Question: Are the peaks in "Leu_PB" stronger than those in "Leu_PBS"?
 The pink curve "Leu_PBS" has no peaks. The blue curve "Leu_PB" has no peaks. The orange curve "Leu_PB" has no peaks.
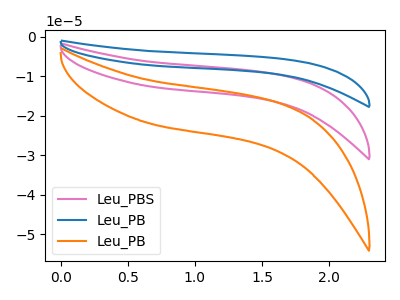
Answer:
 <answer>Niether CV has any peaks.</answer>
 <eval>blanks</eval>